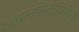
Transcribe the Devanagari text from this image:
श्वासनलिकाविस्फार